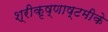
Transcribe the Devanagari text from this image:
श्रीकृष्णाष्टमीके